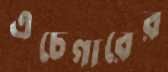
এচেগারের